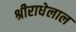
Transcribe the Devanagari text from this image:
श्रीराधेलाल